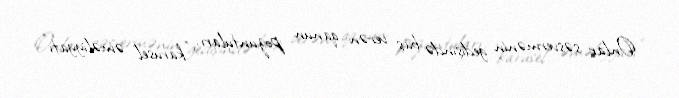
Onlar səsvermənin gedişində baş verən qanun pozuntuları, ”karusel əməliyyatı"